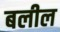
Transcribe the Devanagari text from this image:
बलील